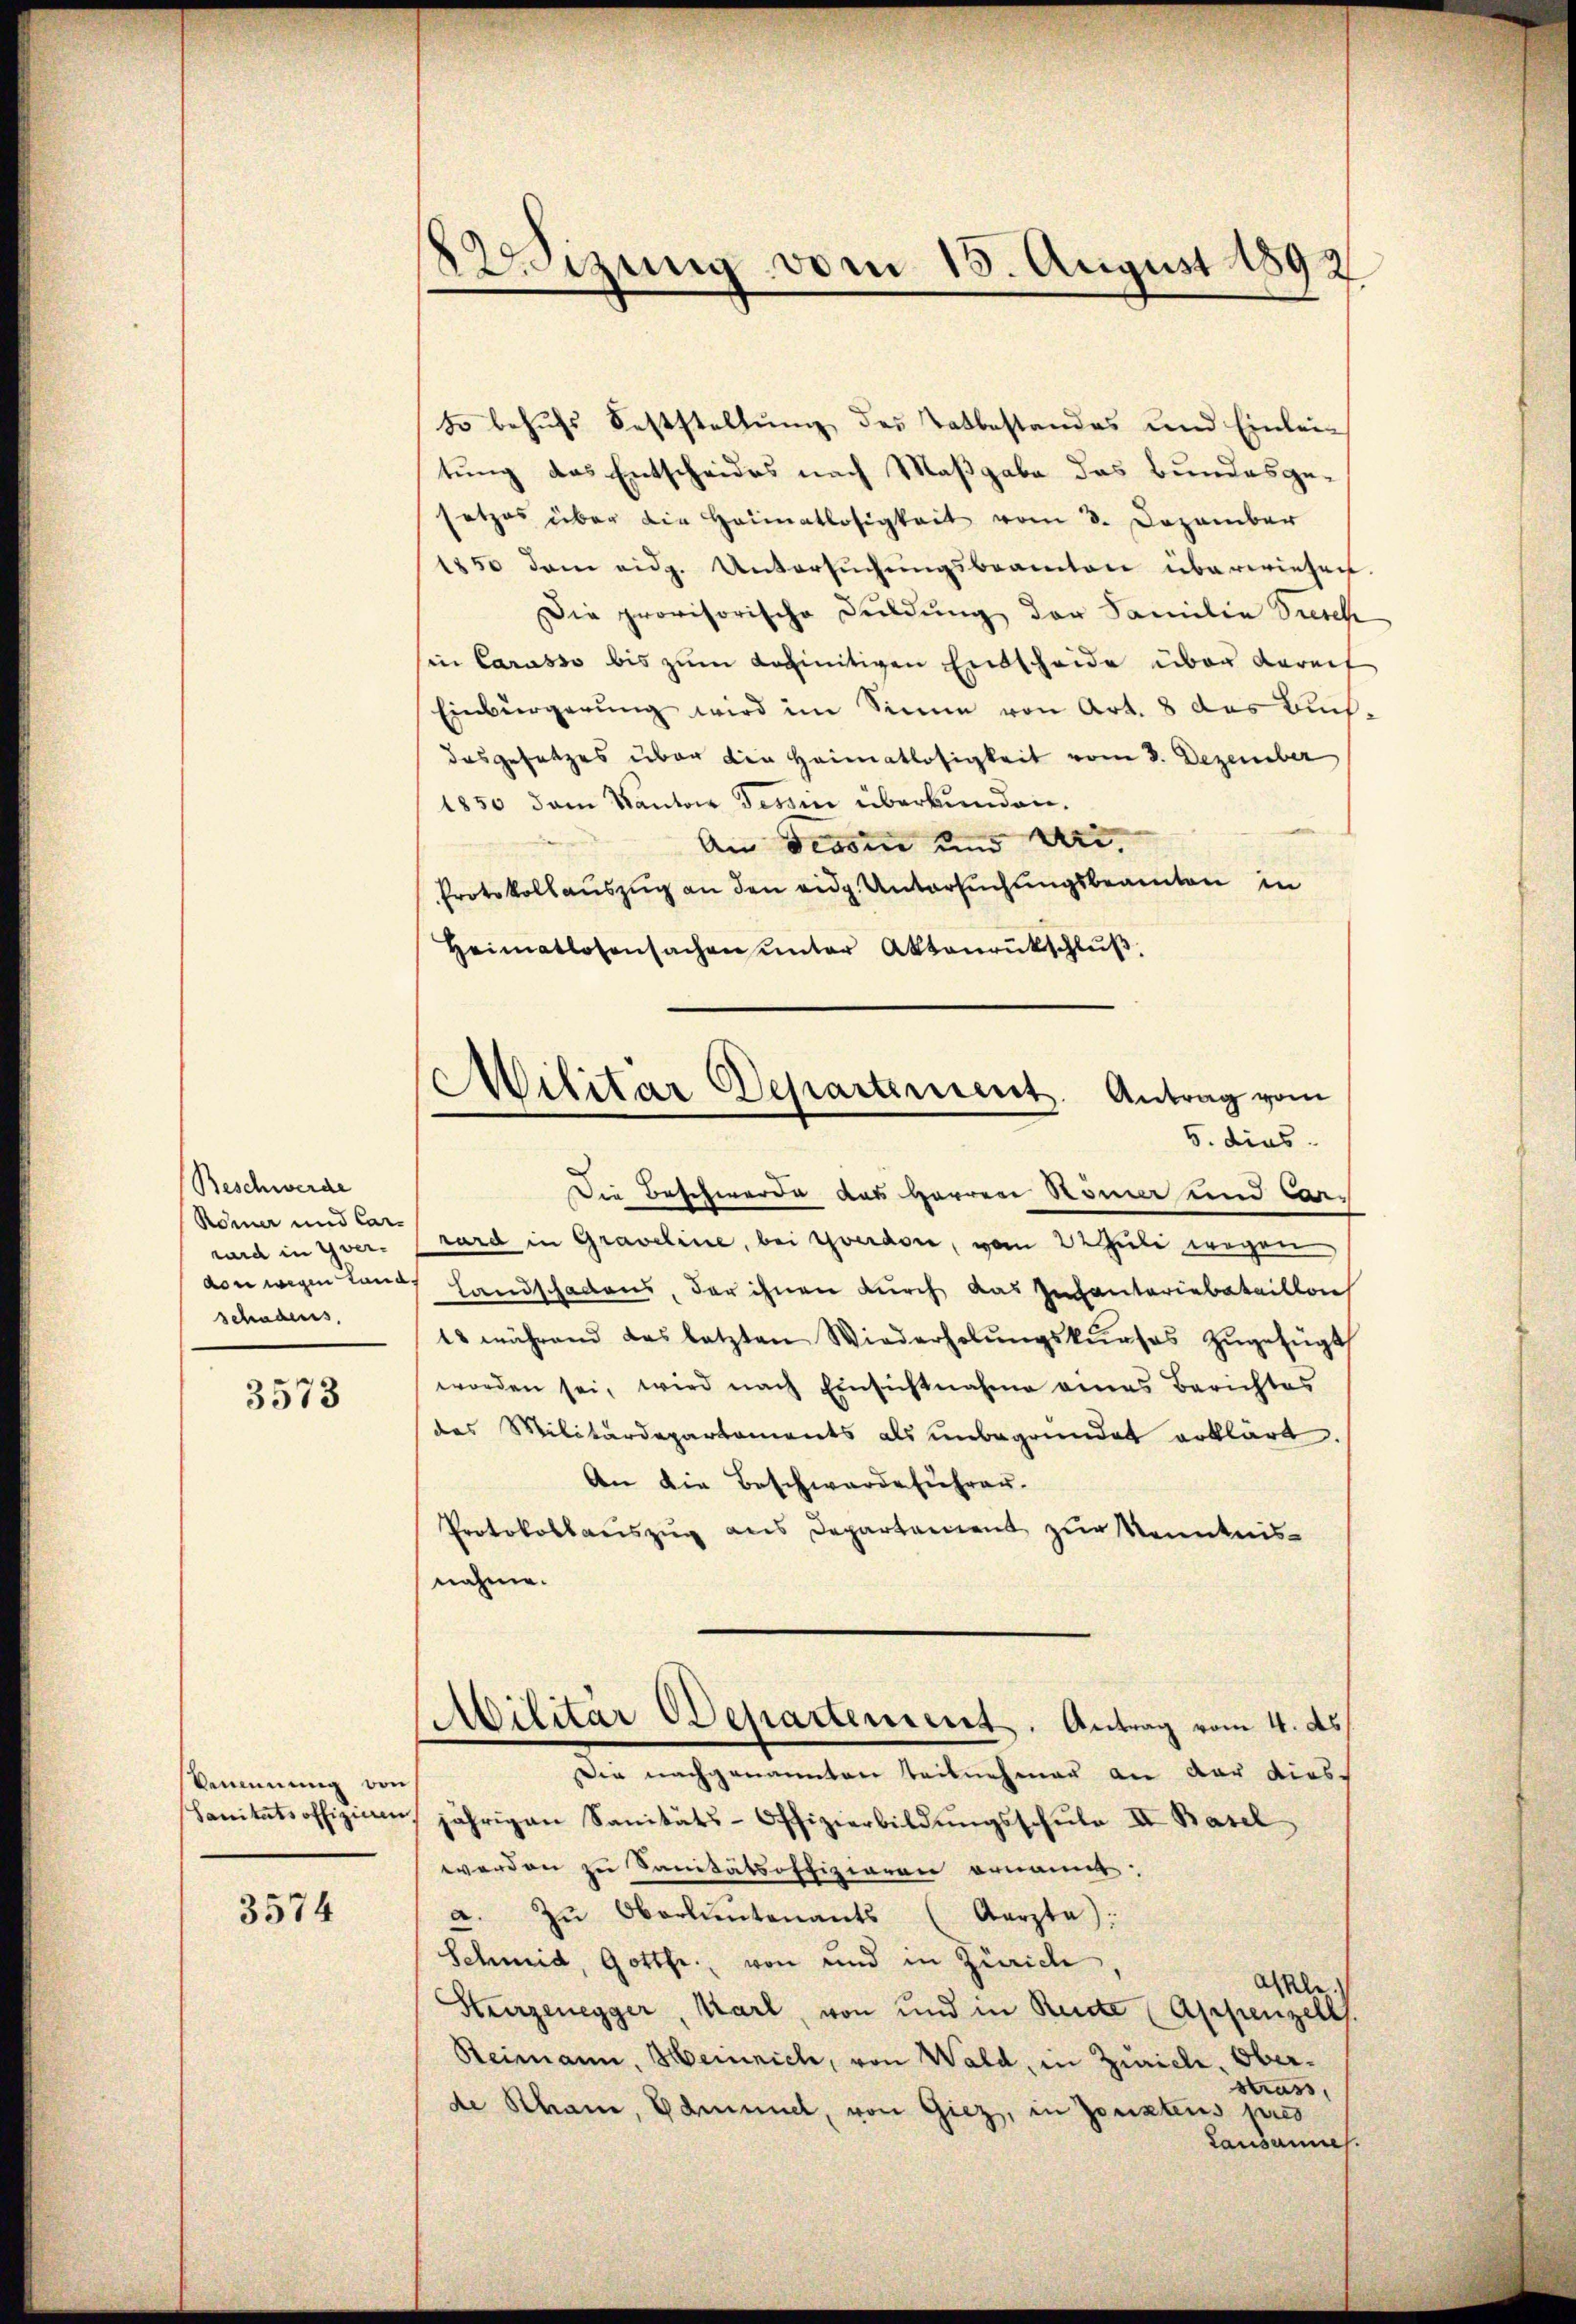
Beschwerde
Römer und Car-
rard in Yver-
dder wegen Land
schadens

3573

Benennung von
Sanitätsoffizieren,

3574

2Wizung vom 15. August 1892

B behufs Feststellung des Tatbestandes und Einleitung das Entscheides nach Maßgabe das Bundesgesetzes über die Heimatlosigkeit vom 3. Dezember
1850 dem eidg. Untersŭchŭngsbeamten überwiesen
Die provisorische Duldung der Familie Presch
in Carasso bis zum Loginitiven Entscheide über dareis
Einbürgerung wird im Sinne von Art. 8 das Buchdesgesetzes über die Heimatlosigkeit vom 3. Dezember
1850 dem Kanton Tessin überkunden.
An Tessin und Dr.
Protokollauszug an den eidg. Untersuchungsbeamten in
Heimatlosensachen ŭnter Aktenrückschlŭβ,
Die Beschwerde des Herren Römer und Car-
rard in Graveline, bei Yverdore, vom 22 Juli wegen
Landschadens, der ihnen durch das Infanteriebeteillach
18 während das letzten Wiederholŭngskŭrses zŭgefügt
worden sei, wird nach Einsichtnahme eines Berichtes
des Militärdepartements als unbegründet erklärt.
An die Beschwerdeführer.
Protokollaŭszŭg ans Departement zŭr Kenntnis-
nahme.
Abilitär Departement. Antrag vom 4. ds
Die nachgenannten Teilnehmen an der dies
jährigen Sanitäts-Offizierbildŭngsschŭle II. Basel
werden zu Sanitätsoffizieren ornannt.
a. zŭ Oberkantenants (Aarzta):
Schmid, Gottfr., von und in Zürich
Askle.)
Sturzenegger, Karl, von und in Rente (Appenzell.
Reimann, Heinrich, von Wald, in Zürich, Ober¬
Strass,
de Rham, Edmund, von Giez, in Zonztens pres
Lausannes.

Militar Departement. Antrag vom
5. dies